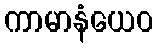
ကာမာနံယေဝ